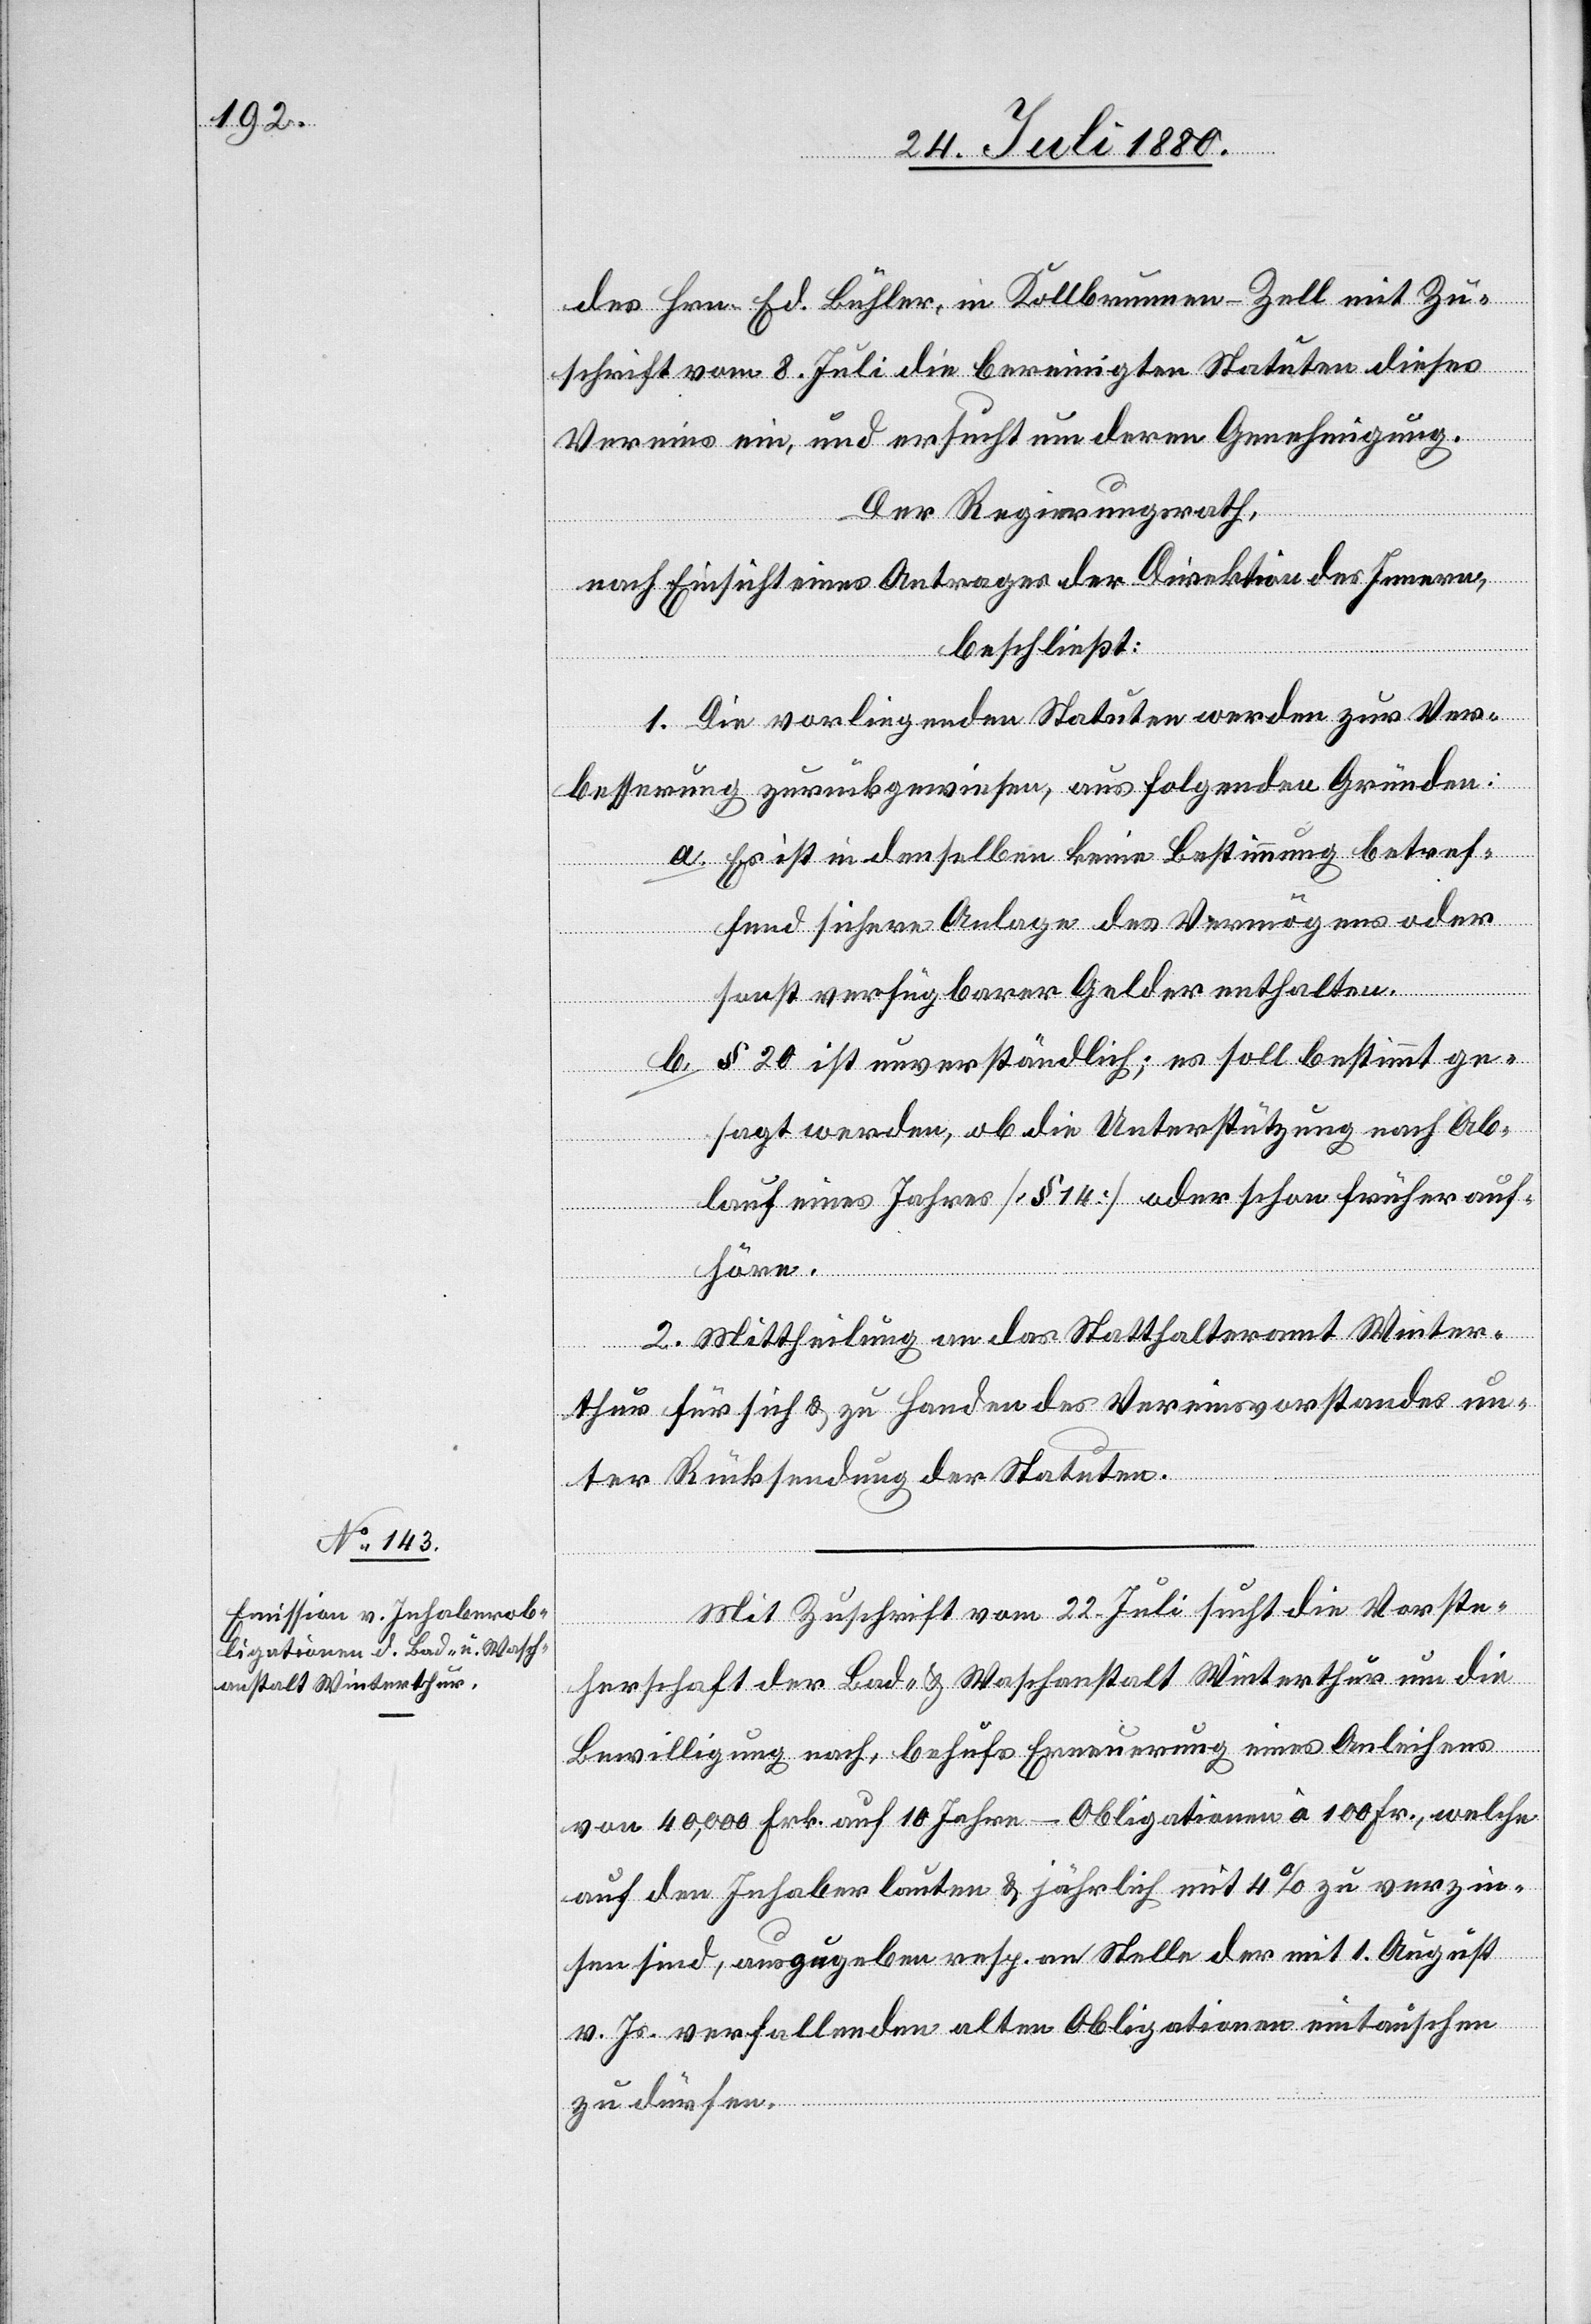
des Hrn. Ed. Bühler, in Kollbrunnen - Zell mit Zu¬
höre.
schrift vom 8. Juli die bereinigten Statuten dieses
Vereins ein, und ersucht um deren Genehmigung.
Der Regierungsrath,
nach Einsicht eines Antrages der Direktion des Innern,
beschließt:
1. Die vorliegenden Statuten werden zur Ver¬
besserung zurückgewiesen, aus folgenden Gründen:
a. Es ist in denselben keine Bestimmung betref¬
fend sichere Anlage des Vermögens oder
sonst verfügbarer Gelder enthalten.
b. § 20 ist unverständlich; es soll bestimmt ge¬
sagt werden, ob die Unterstützung nach Ab¬
lauf eines Jahres [§ 14] oder schon früher auf¬
2. Mittheilung an das Statthalteramt Winter¬
thur für sich & zu Handen des Vereinsvorstandes un¬
ter Rücksendung der Statuten.
Mit Zuschrift vom 22. Juli sucht die Vorste¬
herschaft der Bad- & Waschanstalt Winterthur um die
Bewilligung nach, behufs Erneuerung eines Anleihens
von 40,000 Frk. auf 10 Jahre – Obligationen à 100 Fr., welche
auf den Inhaber lauten & jährlich mit 4% zu verzin¬
sen sind, auszugeben resp. an Stelle der mit 1. August
v. Js. verfallenden alten Obligationen eintauschen
zu dürfen.